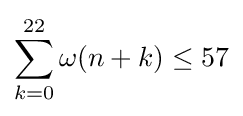
\sum _{k=0}^{22}\omega (n+k)\leq 57